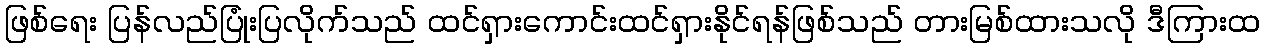
ဖြစ်ရေး ပြန်လည်ပြုံးပြလိုက်သည် ထင်ရှားကောင်းထင်ရှားနိုင်ရန်ဖြစ်သည် တားမြစ်ထားသလို ဒီကြားထ